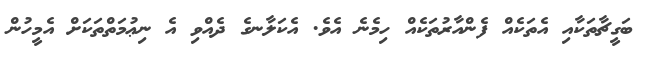
ބަގީޗާތަކާއި އެތަކެއް ފެންއާރުތަކެއް ހިމެނެ އެވެ. އެކަލާނގެ ދެއްވި އެ ނިޢުމަތްތަކަށް އެމީހުން